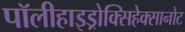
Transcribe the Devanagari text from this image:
पॉलीहाइड्रोक्सिहेक्सानोट